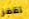
تقفز